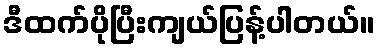
ဒီထက်ပိုပြီးကျယ်ပြန့်ပါတယ်။